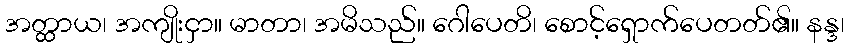
အတ္ထာယ၊ အကျိုးငှာ။ မာတာ၊ အမိသည်။ ဂေါပေတိ၊ စောင့်ရှောက်ပေတတ်၏။ နန္ဒ၊